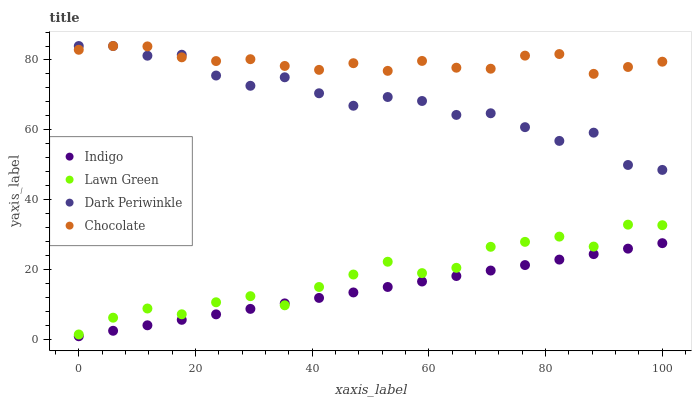
| xaxis_label | Indigo | Lawn Green | Dark Periwinkle | Chocolate |
 | --- | --- | --- | --- | --- |
 | 0 | 1 | 1.51 | 84 | 82.9 |
 | 5.88 | 2.57 | 6.31 | 84 | 84 |
 | 11.8 | 4.13 | 8.93 | 81.2 | 83.9 |
 | 17.6 | 5.7 | 7.28 | 81.5 | 80.8 |
 | 23.5 | 7.26 | 10.7 | 75.6 | 79.7 |
 | 29.4 | 8.83 | 12.5 | 72.6 | 80.2 |
 | 35.3 | 10.4 | 9.85 | 75.1 | 78.3 |
 | 41.2 | 12 | 15.1 | 70.5 | 77.2 |
 | 47.1 | 13.5 | 18.7 | 66.9 | 79.1 |
 | 52.9 | 15.1 | 22.3 | 69.4 | 76.9 |
 | 58.8 | 16.7 | 19.1 | 68.3 | 79.7 |
 | 64.7 | 18.2 | 20.6 | 64.3 | 77.8 |
 | 70.6 | 19.8 | 26.6 | 64.8 | 77.5 |
 | 76.5 | 21.4 | 28 | 60.8 | 81.3 |
 | 82.4 | 22.9 | 29.5 | 56.9 | 81.7 |
 | 88.2 | 24.5 | 26.6 | 59.2 | 76 |
 | 94.1 | 26.1 | 32.9 | 50 | 78 |
 | 100 | 27.6 | 32.8 | 48.6 | 79.5 |